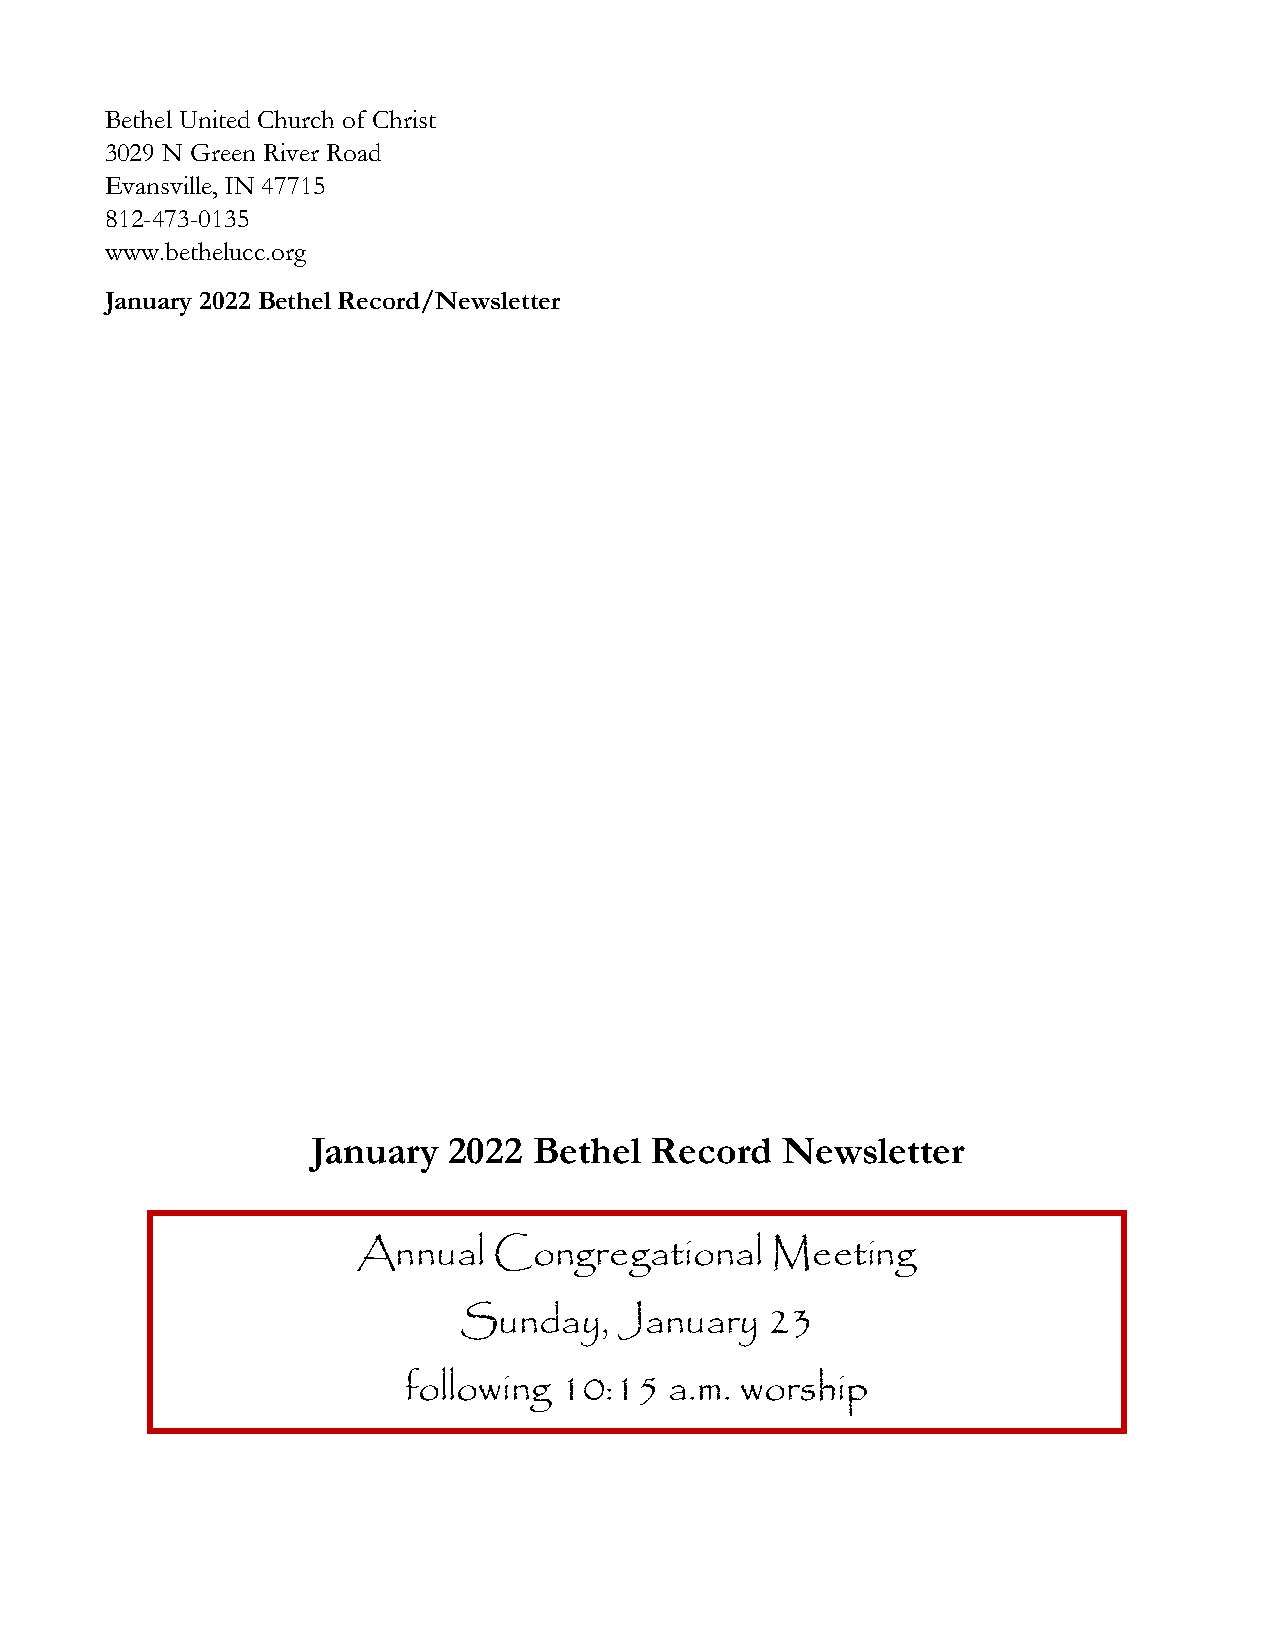
Bethel United Church of Christ
 3029 N Green River Road
 Evansville, IN 47715
 812-473-0135
 www.bethelucc.org
 January 2022 Bethel Record/Newsletter
 January  2022 Bethel  Record   Newsletter
 Annual   Congregational    Meeting
 Sunday,    January   23
 following 10:15  a.m. worship